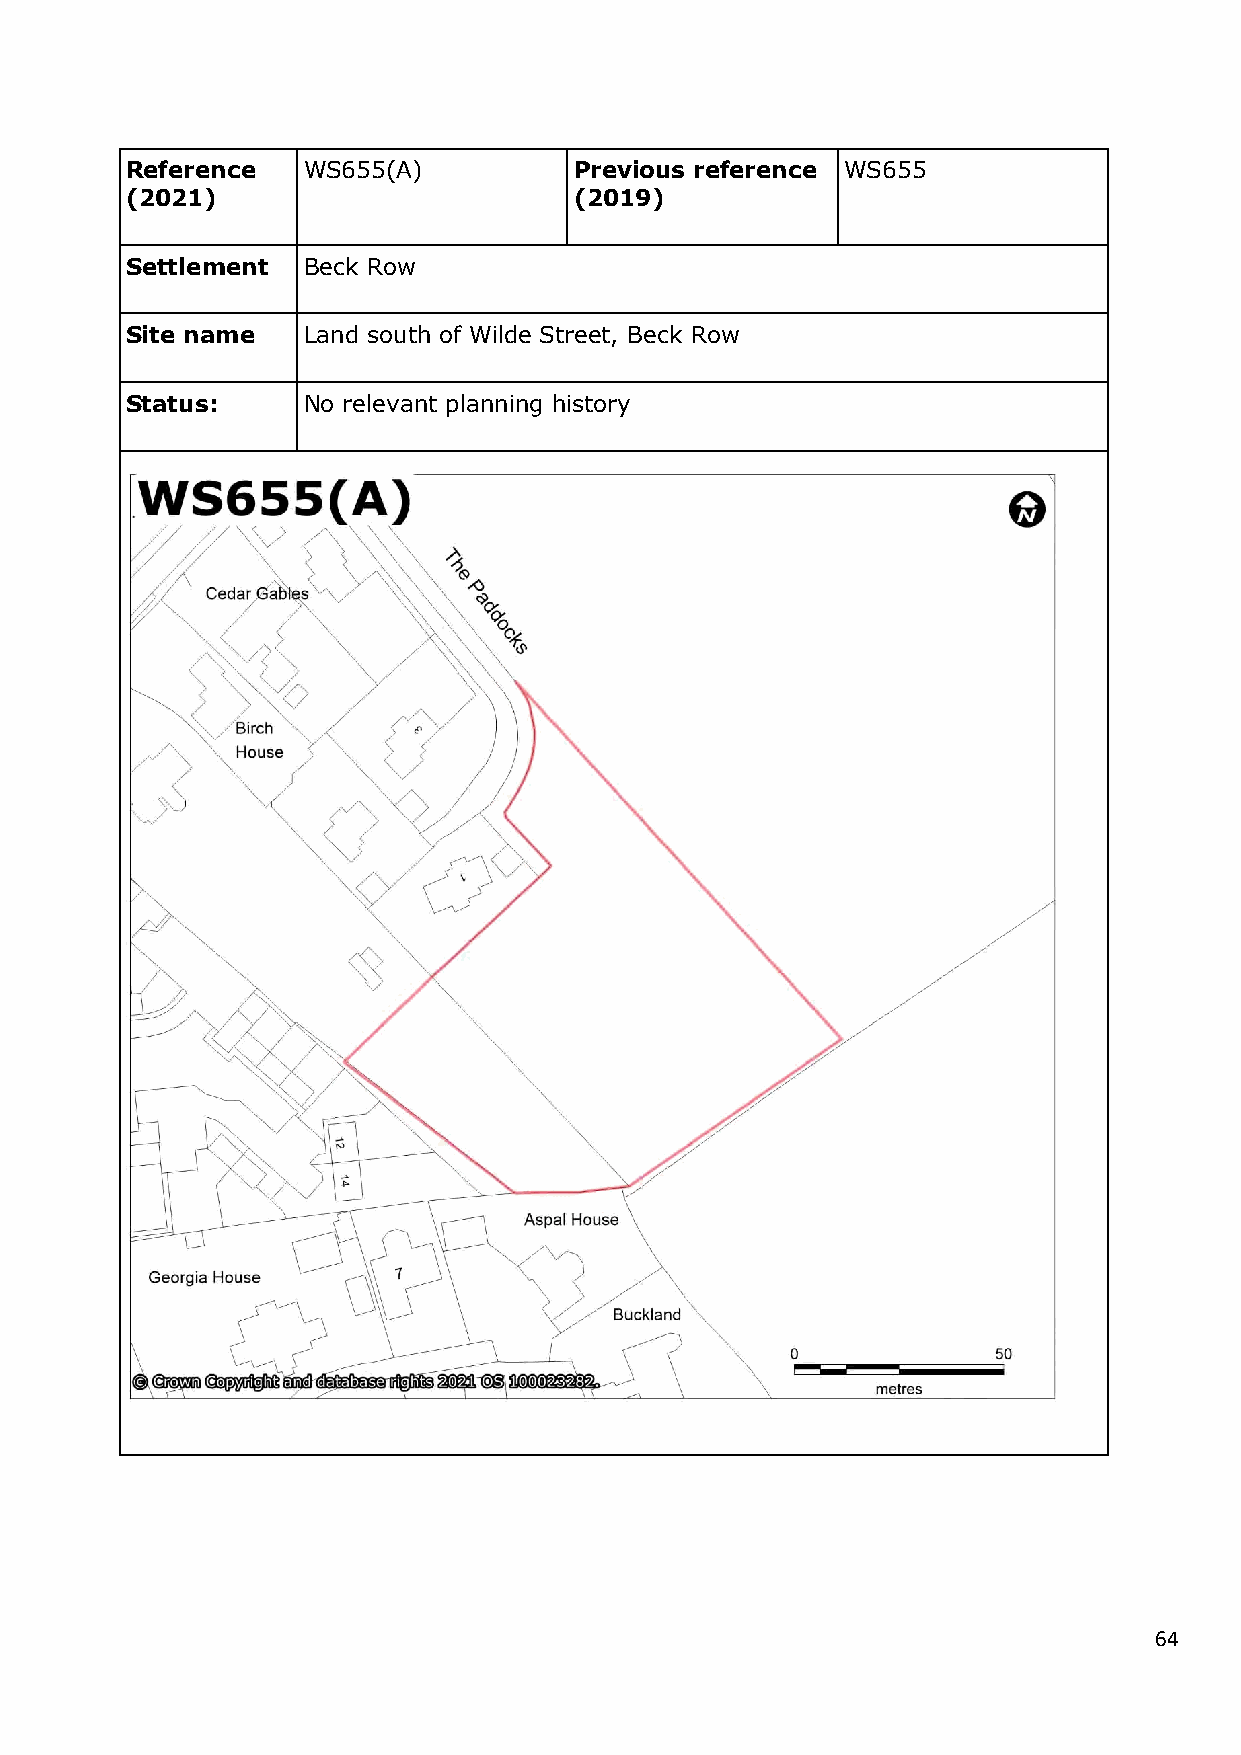
Reference   WS655(A)          Previous reference WS655
 (2021)                        (2019)
 Settlement  Beck Row
 Site name   Land south of Wilde Street, Beck Row
 Status:     No relevant planning history
 64